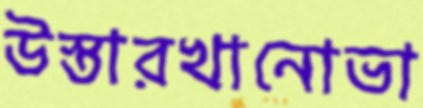
উস্তারখানোভা